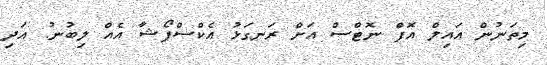
މިތަނުން އައިލް އޮފް ނޮޓްސް އަށް ރަނގަޅު އެކްސްޕޯޝާ އެއް ލިބުނު. އަދި